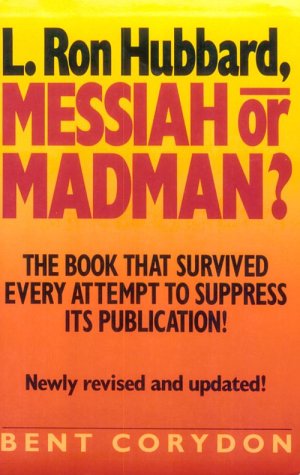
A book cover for L. Ron Hubbard: Messiah or Madman; Bent Corydon; Christian Books & Bibles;